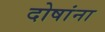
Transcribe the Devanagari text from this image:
दोषांना